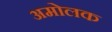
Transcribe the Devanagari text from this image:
अमोलक